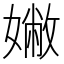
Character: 𡡹